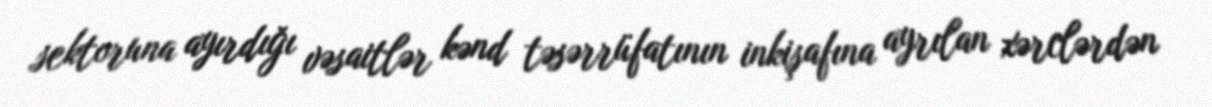
sektoruna ayırdığı vəsaitlər kənd təsərrüfatının inkişafına ayrılan xərclərdən